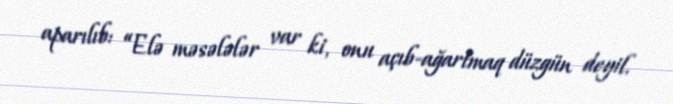
aparılıb: “Elə məsələlər var ki, onu açıb-ağartmaq düzgün deyil.